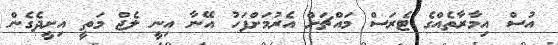
އުސް އިމާރާތެއްގެ ޓެރަސް މައްޗަށް އެރުމަށްފަހު އޭނާ އިނީ ލެޖް މަތީ އިށީދެގެން